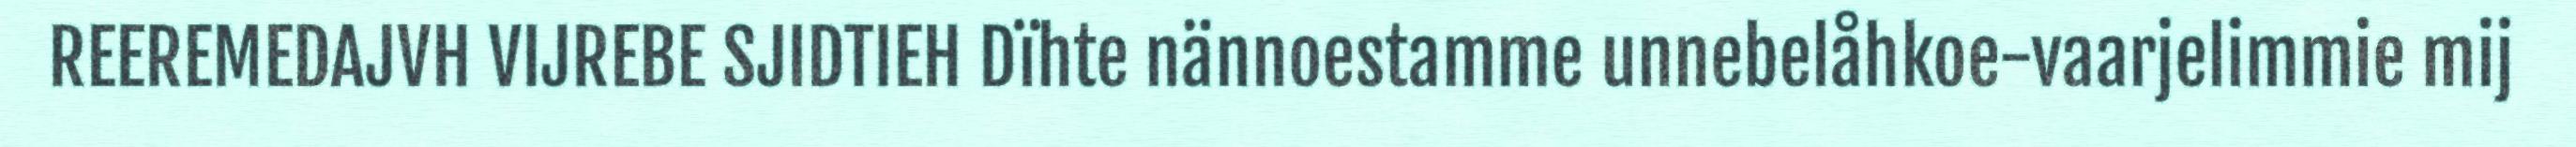
REEREMEDAJVH VIJREBE SJIDTIEH Dïhte nännoestamme unnebelåhkoe-vaarjelimmie mij